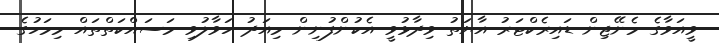
ވީއަވާގެ މެނޭޖިން ޑައިރެކްޓަރު އާޔަތު ވިދާޅުވީ އެކުންފުނިން މިއަދު ހަވާލުވި މަސައްކަތްތައް މިމަހުގެ